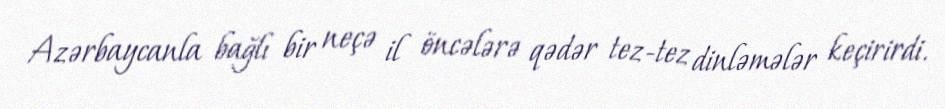
Azərbaycanla bağlı bir neçə il öncələrə qədər tez-tez dinləmələr keçirirdi.